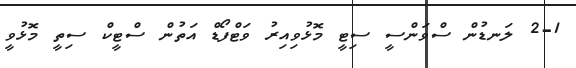
2-1 ލަނޑުން ސްވަންސީ ސިޓީ މޮޅުވިއިރު ވަޓްފޯޑް އަތުން ސްޓީކް ސިތީ މޮޅުވީ